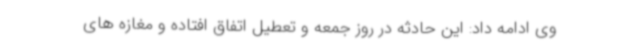
وی ادامه داد: این حادثه در روز جمعه و تعطیل اتفاق افتاده و مغازه های